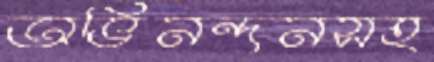
অভিনন্দনসহ